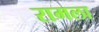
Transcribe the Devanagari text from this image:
रामला